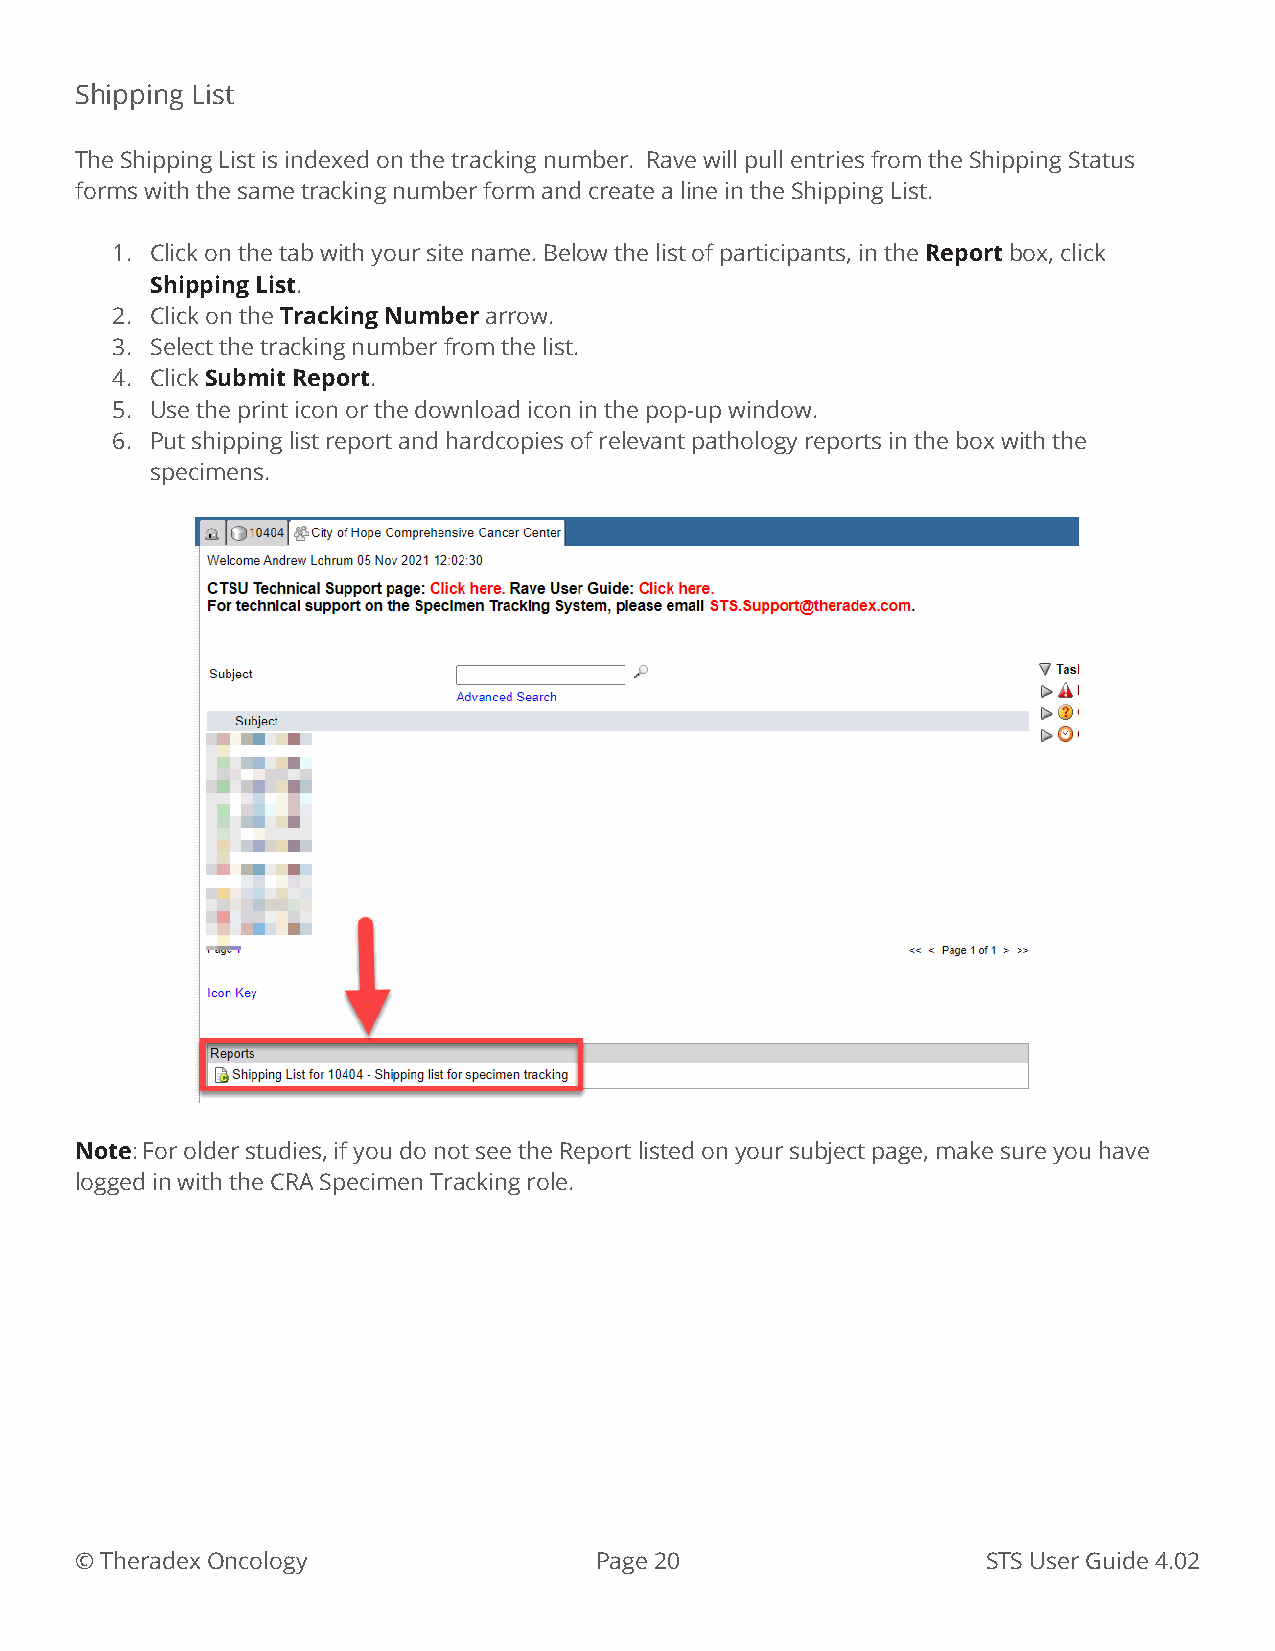
Shipping List
 The Shipping List is indexed on the tracking number. Rave will pull entries from the Shipping Status
 forms with the same tracking number form and create a line in the Shipping List.
 1. Click on the tab with your site name. Below the list of participants, in the Report box, click
 Shipping List.
 2. Click on the Tracking Number arrow.
 3. Select the tracking number from the list.
 4. Click Submit Report.
 5. Use the print icon or the download icon in the pop-up window.
 6. Put shipping list report and hardcopies of relevant pathology reports in the box with the
 specimens.
 Note: For older studies, if you do not see the Report listed on your subject page, make sure you have
 logged in with the CRA Specimen Tracking role.
 © Theradex Oncology               Page 20                   STS User Guide 4.02